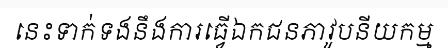
នេះទាក់ទងនឹងការធ្វើឯកជនភាវូបនីយកម្ម